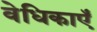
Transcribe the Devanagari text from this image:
वेधिकाएँ